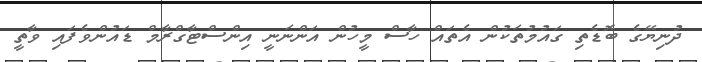
ދުނިޔޭގެ ބޮޑެތި ގައުމުތަކުން އެތައް ހާސް މީހުން އަންނަނީ އިންސްޓާގްރާމް ޑައުންވެފައި ވާތީ